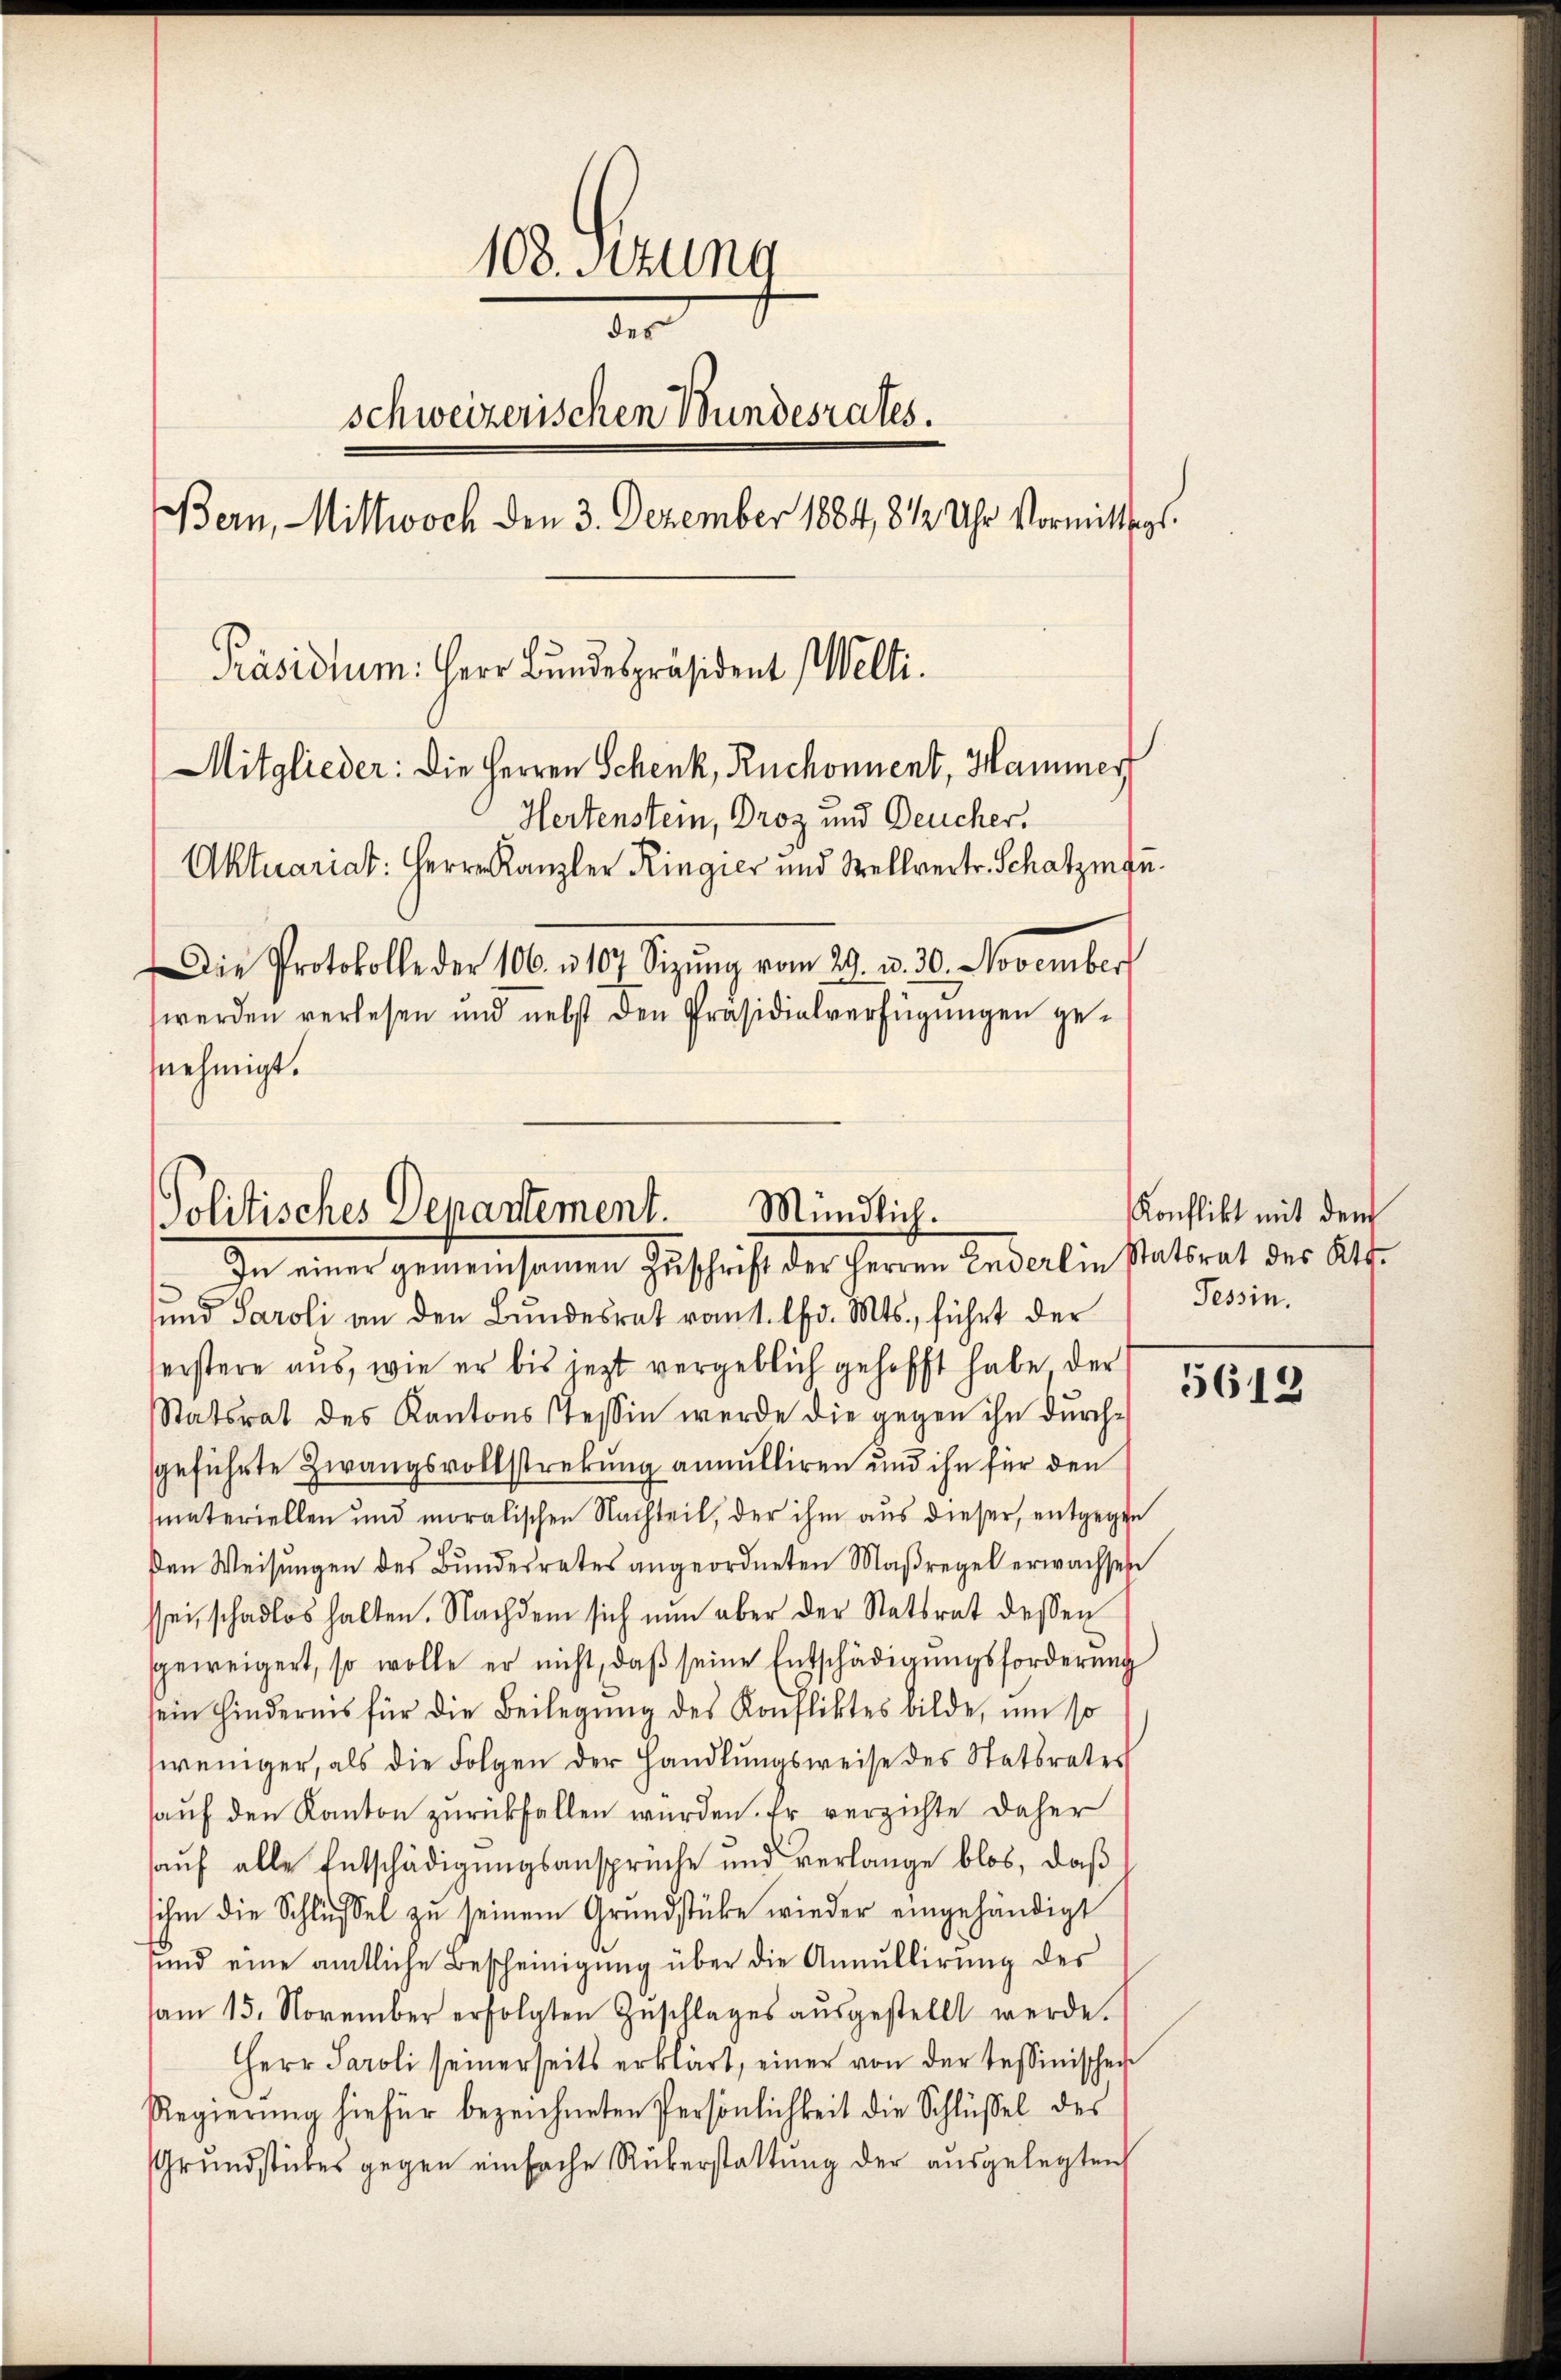
108. Sitzung
des
schweizerischen Bundesrates.
Bern, Mittwoch den 3. Dezember 1884, 812 Uhr Vormittags
Präsidium. Herr Bundespräsident Welti.
Mitglieder: Die Herren Schenk, Ruchonnent, Hammerf
Hertenstein, Droz und Deucher.
Aktuariat: Herrn Kanzler Ringier und Stellvertr. Schatzman
Die Protokolle der 106. u. 107 Sizŭng vom 29. v. 30. November
werden verlesen und nebst den Präsidialverfügungen genehmigt.

und Paroli an den Bundesrat vom 1. lfd. Mts., führt der
eistere aus, wie er bis jezt vergeblich gehofft habe der
Statsrat des Kantons Tessin werde die gegen ihn durch-
geführte Zwangsvollstreckung annulliren und ihn für den
materiellen und moralischen Nachteil, der ihm aus dieser, entgegen
den Weisŭngen des Bŭndesrates angeordneten Maßregel erwachsen
ssei, schadlos halten. Nachdem sich nun aber der Statsrat dessen
geweigert, so wolle er nicht, daβ seine Entschädigŭngsforderŭng
sein hindernis für die Beilegŭng des Konfliktes bilde, um so
weniger, als die Folgen der Handlungsweise des Statsrater
aŭf den Kanton zurückfallen wurden. Er verzichte daher
auf alle Entschädigungsansprüche und verlange blos, daß
ihm die Schlussel zu seinem Grundstüke wieder eingehändigt
und eine amtliche Bescheinigung über die Annullirung des
am 15. November erfolgten Geschlages aŭsgestellt werde.
Herr Paroli seinerseits erklärt, einer von der Tessinischer
Regierŭng hiefür bezeichneten Persönlichkeit die Schlüssel des
Grundstückes gegen einfache Rükerstattung der ausgelegten

Politisches Departement. Mündlich.
In einer gemeinsamen Zŭschrift der Herren Enderlin Statsrat des Kts.

Konflikt mit dem
Tessin.

5612